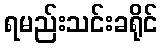
ရမည်းသင်းခရိုင်